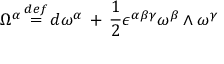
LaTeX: \Omega ^ { \alpha } \, { \stackrel { d e f } { = } } \, d \omega ^ { \alpha } \, + \, \frac { 1 } { 2 } \epsilon ^ { \alpha \beta \gamma } \omega ^ { \beta } \wedge \omega ^ { \gamma }